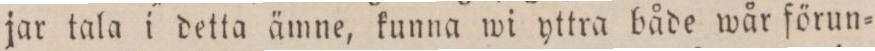
jar tala i detta ämne, kunna wi yttra både wår förun=